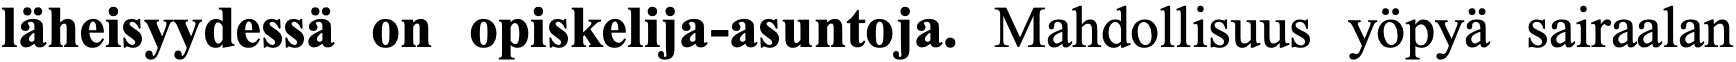
läheisyydessä on opiskelija-asuntoja. Mahdollisuus yöpyä sairaalan